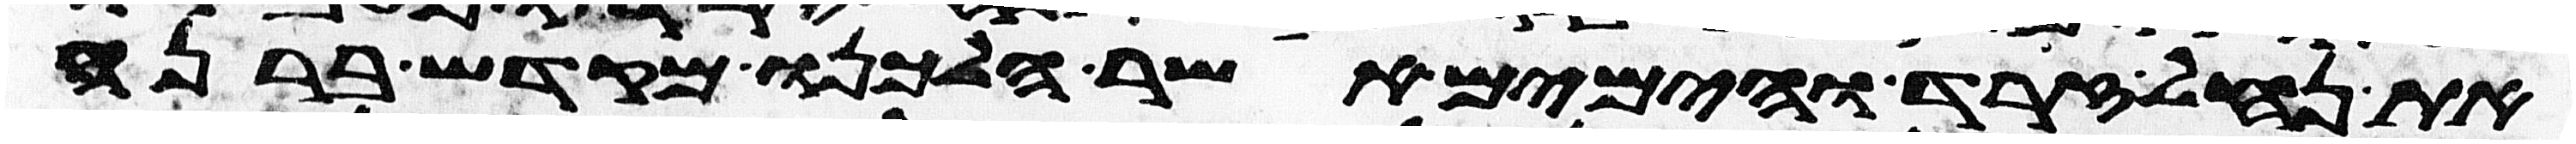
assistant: את נחל זרד והימים אשר הלכנו מקדש ברנע